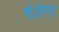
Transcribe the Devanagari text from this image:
सेलेस्ट